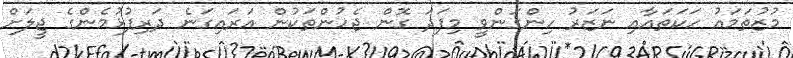
މުޒުތަމައު ހަކަތައާއި ނަޒަރު ހިންގަންވީ މިފަދަ ގޮން ޖެހުންތަކުން އަރައިގަނެ ދަރިފުޅުމެންގެ ޖީލަަށް